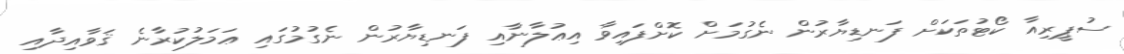
ސުޕީރިއާ ކޯޓުތަކަށް ފަނޑިޔާރުން ނެގުމަށް ކޮށްފައިވާ އިޢުލާނާއި ފަނޑިޔާރުން ނެގުމުގައި ޢަމަލުކުރާނެ ޤަވާއިދާއި